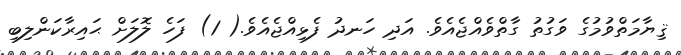
ޤިޔާމަތްވުމުގެ ވަގުތު ގާތްވެއްޖެއެވެ. އަދި ހަނދު ފެޅިއްޖެއެވެ.( 1) ފަހެ ލޮލަށް ޙައިރާކަންލިބި